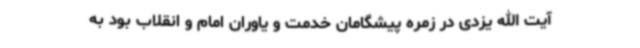
آیت الله یزدی در زمره پیشگامان خدمت و یاوران امام و انقلاب بود به